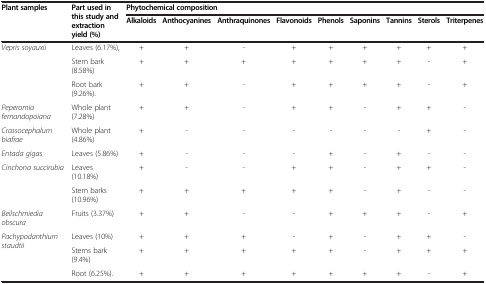
| <ROWSPAN=2> Plant samples | <ROWSPAN=2> Part used in this study and extraction yield (%) | <COLSPAN=9> Phytochemical composition |
 | Alkaloids | Anthocyanines | Anthraquinones | Flavonoids | Phenols | Saponins | Tannins | Sterols | Triterpenes |
 | --- | --- | --- | --- | --- | --- | --- | --- | --- | --- | --- |
 | <ROWSPAN=3> Vepris soyauxii | Leaves (6.17%), | + | + | - | + | + | + | + | + | + |
 | Stem bark (8.58%) | + | + | + | + | + | + | + | - | + |
 | Root bark (9.26%). | + | + | - | + | + | + | + | - | + |
 | Peperomia fernandopoiana | Whole plant (7.28%) | + | + | - | + | + | - | + | + | - |
 | Crassocephalum biafrae | Whole plant (4.86%) | + | - | - | - | - | - | - | + | - |
 | Entada gigas | Leaves (5.86%) | + | - | - | - | + | - | + | - | - |
 | <ROWSPAN=2> Cinchona succirubia | Leaves (10.18%) | + | - | - | + | + | - | + | + | - |
 | Stem barks (10.96%) | + | + | + | + | + | - | + | - | - |
 | Beilschmiedia obscura | Fruits (3.37%) | + | + | - | - | + | + | + | - | + |
 | <ROWSPAN=3> Pachypodanthium staudtii | Leaves (10%) | + | + | + | - | + | - | + | + | - |
 | Stems bark (9.4%) | + | + | + | + | + | - | + | + | + |
 | Root (6.25%). | + | + | + | + | + | + | + | - | + |